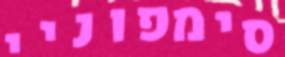
סימפוניי